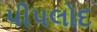
પીપલોદ